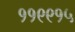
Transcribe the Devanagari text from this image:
११९९१५